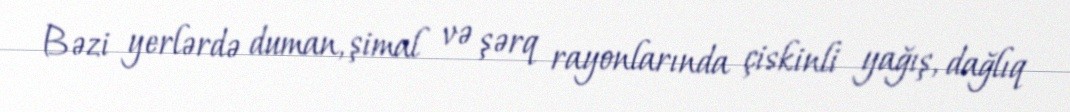
Bəzi yerlərdə duman, şimal və şərq rayonlarında çiskinli yağış, dağlıq